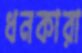
ধনকারা